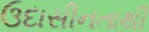
ઉદાસીનતાથી